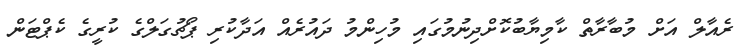
ރެއާލް އަށް މުބާރާތް ކާމިޔާބުކޮށްދިނުމުގައި މުހިންމު ދައުރެއް އަދާކުރި ޕޯޗުގަލްގެ ކުރީގެ ކެޕްޓަން